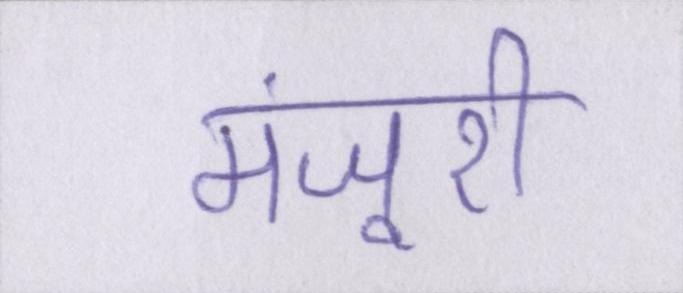
मंजूरी